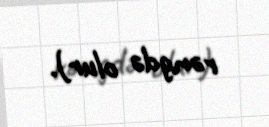
rəngdə olur).